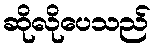
ဆိုလိုပေသည်